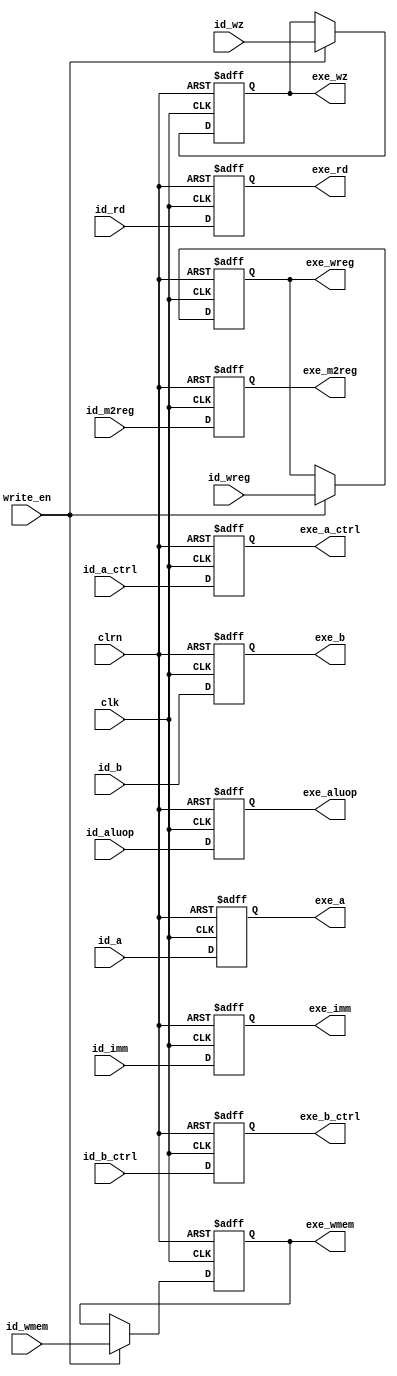
`timescale 1ns / 1ps
//////////////////////////////////////////////////////////////////////////////////
// Company: 
// Engineer: 
// 
// Design Name: 
// Module Name:    id_exe_register 
// Project Name: 
// Target Devices: 
// Tool versions: 
// Description: 
//
// Dependencies: 
//
// Revision: 
// Revision 0.01 - File Created
// Additional Comments: 
//
//////////////////////////////////////////////////////////////////////////////////
module id_exe_register(clk,clrn, //
		id_aluop,  //idalu
		id_a, // id a
		id_b, // id b
		id_imm, //id 
		id_rd,  //id
		id_a_ctrl,  //id a
		id_b_ctrl, //id b
		//4
		id_wz,	
		id_wreg,
		id_m2reg,
		id_wmem,
		write_en,
//
		
		//7exe
		exe_aluop,
		exe_a,
		exe_b,
		exe_imm,
		exe_rd,
		exe_a_ctrl,
		exe_b_ctrl,
		//exe_mem
		exe_wz,
		exe_wreg,
		exe_m2reg,
		exe_wmem
    );
	 input [31:0] id_a,id_b,id_imm;
	 input [4:0] id_rd;
	 input [2:0] id_aluop;
	 input id_wreg,id_m2reg,id_wmem,id_wz;
	 input [1:0] id_b_ctrl,id_a_ctrl;
	 input clk,clrn,write_en;
	 
	 output [31:0] exe_a,exe_b,exe_imm;
	 reg [31:0] exe_a,exe_b,exe_imm;
	 output [4:0] exe_rd;
	 reg  [4:0] exe_rd;
	 output [2:0] exe_aluop;
	 reg [2:0] exe_aluop;
	 output exe_wreg,exe_m2reg,exe_wmem,exe_wz;
	reg exe_wreg,exe_m2reg,exe_wmem,exe_wz;
	output [1:0] exe_b_ctrl,exe_a_ctrl;
	reg [1:0] exe_b_ctrl,exe_a_ctrl;
	
	 //////////////////////////////////////////////////////////////////////////////	 always @(posedge clk or negedge clrn)
		always @(posedge clk or negedge clrn)
		if(clrn == 0)
			begin
				exe_aluop <= 3'b0;
				exe_a <= 32'b0;
				exe_b <= 32'b0;
				exe_imm <= 32'b0;
				exe_rd <= 5'b0;
				exe_a_ctrl<= 2'b0;
				exe_b_ctrl<= 2'b0;

				exe_wz<= 0;
				exe_wreg <= 0;
				exe_m2reg<= 0;
				exe_wmem <= 0;
			end
		else
			begin
				exe_aluop <= id_aluop;
				exe_a <= id_a;
				exe_b <= id_b;
				exe_imm <= id_imm;
				exe_rd <= id_rd;
				exe_a_ctrl<= id_a_ctrl;
				exe_b_ctrl<= id_b_ctrl;
				exe_m2reg<= id_m2reg;
				if(write_en)
				begin
					exe_wz<=id_wz;
                    exe_wreg <= id_wreg;
                    exe_wmem <= id_wmem;
				end
			end
			endmodule